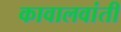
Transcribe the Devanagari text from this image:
कावालवांती